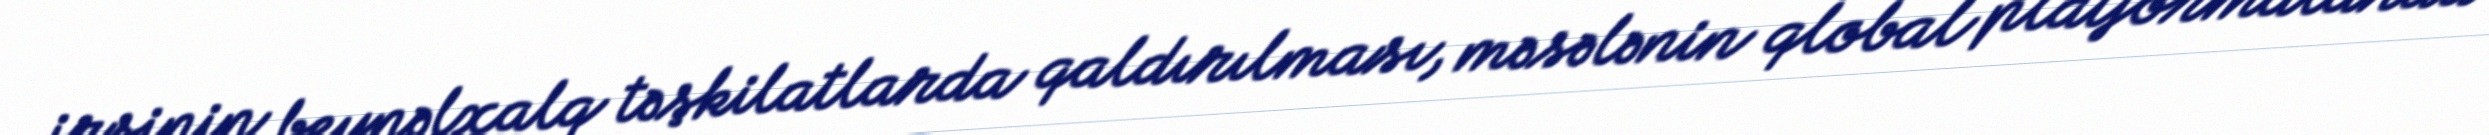
irsinin beynəlxalq təşkilatlarda qaldırılması, məsələnin qlobal platformalarda